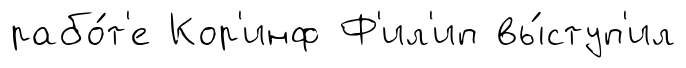
рабо́т'е Кор'инф Ф'ил'ип вы́ступ'ил